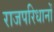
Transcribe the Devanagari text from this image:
राजपरिधानों